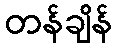
တန်ချိန်